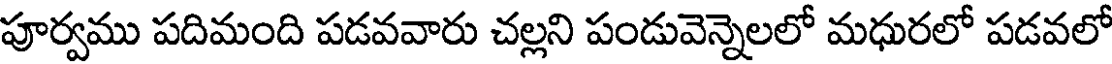
పూర్వము పదిమంది పడవవారు చల్లని పండువెన్నెలలో మధురలో పడవలో